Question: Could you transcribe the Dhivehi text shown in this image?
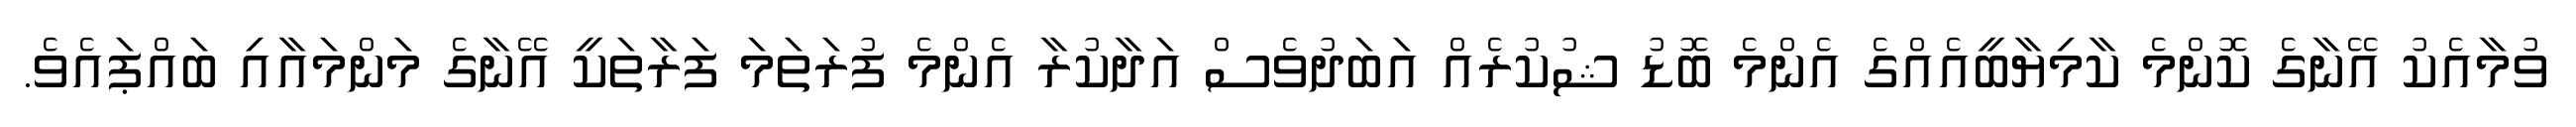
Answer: ވުމާއެކު އޭނާގެ ކޮންމެ ކާމިޔާބީއެއްގެ އެންމެ ބޮޑު ޝުކުރެއް އަބަދުވެސް އަދާކުރާ އެންމެ ފުރަތަމަ ފަރާތަކީ އޭނާގެ މަންމައާއި ބައްޕައެވެ.